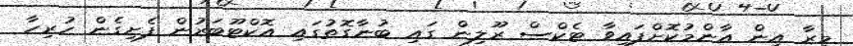
މީރާ އިން އާންމުކޮށްފައިވާ ޓެކްސް ރޫލިން ގައި ބުނާގޮތުގައި އޮކްޓޫބަރުން ފެށިގެން ހުރިހާ